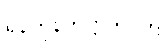
ရန်ကုန်တက္ကသိုလ်၌